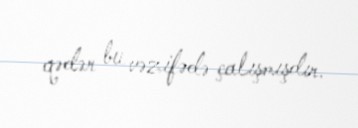
qədər bu vəzifədə çalışmışdır.